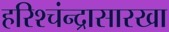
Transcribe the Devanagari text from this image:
हरिश्चंन्द्रासारखा